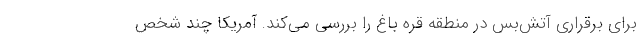
برای برقراری آتش‌بس در منطقه قره باغ را بررسی می‌کند. آمریکا چند شخص